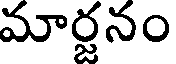
మార్జనం